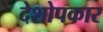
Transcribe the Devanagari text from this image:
देशोपकार